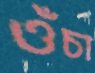
ওঁচা